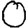
Digit: 0